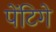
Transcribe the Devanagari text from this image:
पेंटिगे